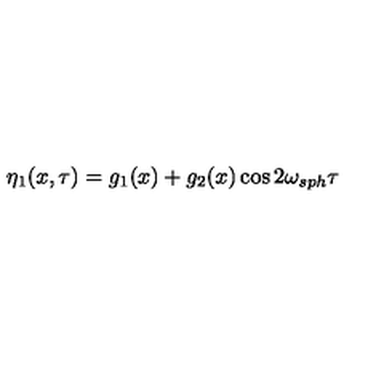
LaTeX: \eta _ { 1 } ( x , \tau ) = g _ { 1 } ( x ) + g _ { 2 } ( x ) \cos 2 \omega _ { s p h } \tau